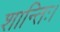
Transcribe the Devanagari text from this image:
शान्तिः।